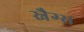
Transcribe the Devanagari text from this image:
स्नैग्स